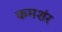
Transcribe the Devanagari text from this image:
कमशंर